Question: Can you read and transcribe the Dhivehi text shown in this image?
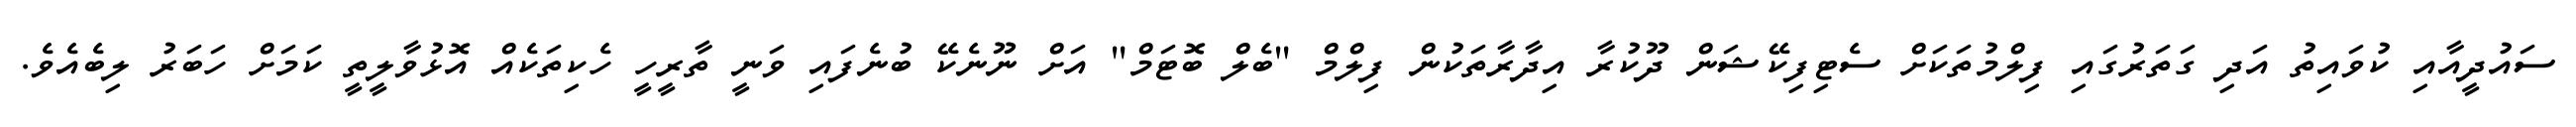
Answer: ސައުދީއާއި ކުވައިތު އަދި ގަތަރުގައި ފިލްމުތަކަށް ސެޓިފިކޭޝަން ދޫކުރާ އިދާރާތަކުން ފިލްމް "ބެލް ބޮޓަމް" އަށް ނޫނެކޭ ބުނެފައި ވަނީ ތާރީހީ ހެކިތަކެއް އޮޅުވާލީތީ ކަމަށް ހަބަރު ލިބެއެވެ.